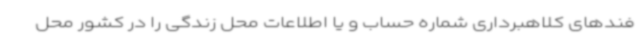
فندهای کلاهبرداری شماره حساب و یا اطلاعات محل زندگی را در کشور محل